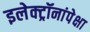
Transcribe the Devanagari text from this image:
इलेक्ट्रॉनांपेक्षा